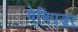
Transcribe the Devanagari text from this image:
येनिपज़र